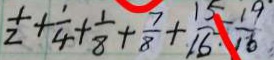
\frac { 1 } { 2 } + \frac { 1 } { 4 } + \frac { 1 } { 8 } + \frac { 7 } { 8 } + \frac { 1 5 } { 1 6 } \div \frac { 1 9 } { 1 6 }